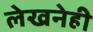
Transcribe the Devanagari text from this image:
लेखनेही